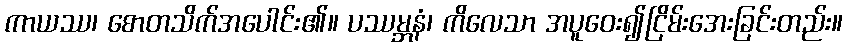
ကာယဿ၊ စောတသိက်အပေါင်း၏။ ပဿမ္ဘနံ၊ ကိလေသာ အပူဝေး၍ငြိမ်းအေးခြင်းတည်း။